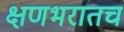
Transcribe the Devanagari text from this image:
क्षणभरातच